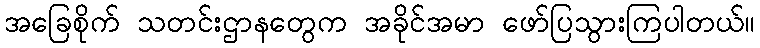
အခြေစိုက် သတင်းဌာနတွေက အခိုင်အမာ ဖော်ပြသွားကြပါတယ်။